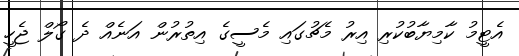
އެޓީމު ކާމިޔާބުކުރި އިރު މެޗުގައި މެސީގެ އިތުރުން އަނެއް ދެ ގޯލް ޖެހީ